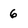
Character: 6